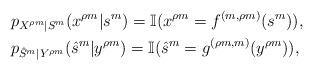
LaTeX: \begin{align*}&p_{X^{\rho m}|S^m}(x^{\rho m}|s^m)=\mathbb{I}(x^{\rho m}=f^{(m,{\rho m})}(s^m)),\\&p_{\hat{S}^m|Y^{\rho m}}(\hat{s}^m|y^{\rho m})=\mathbb{I}(\hat{s}^m=g^{({\rho m},m)}(y^{\rho m})),\end{align*}